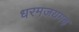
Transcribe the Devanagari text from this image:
धरमजयगढ़